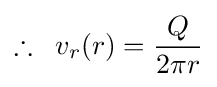
\therefore \;\;v_{r}(r)={\frac {Q}{2\pi r}}